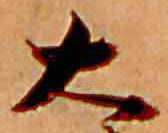
大